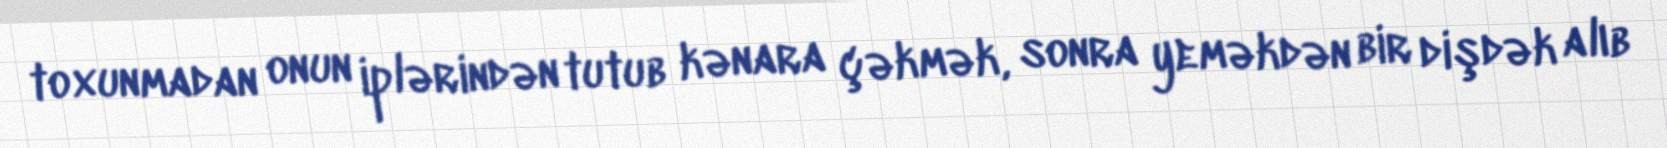
toxunmadan onun iplərindən tutub kənara çəkmək, sonra yeməkdən bir dişdək alıb